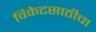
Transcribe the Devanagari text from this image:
विकेटसाठीचा